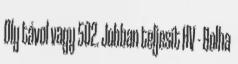
Oly távol vagy 502. Jobban teljesít HV - Bolha